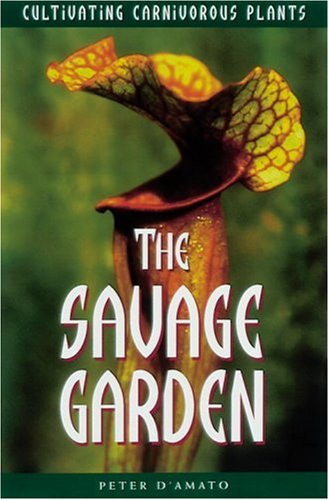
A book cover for The Savage Garden: Cultivating Carnivorous Plants; Peter D'Amato; Crafts, Hobbies & Home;